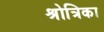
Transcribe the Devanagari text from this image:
श्रोत्रिका